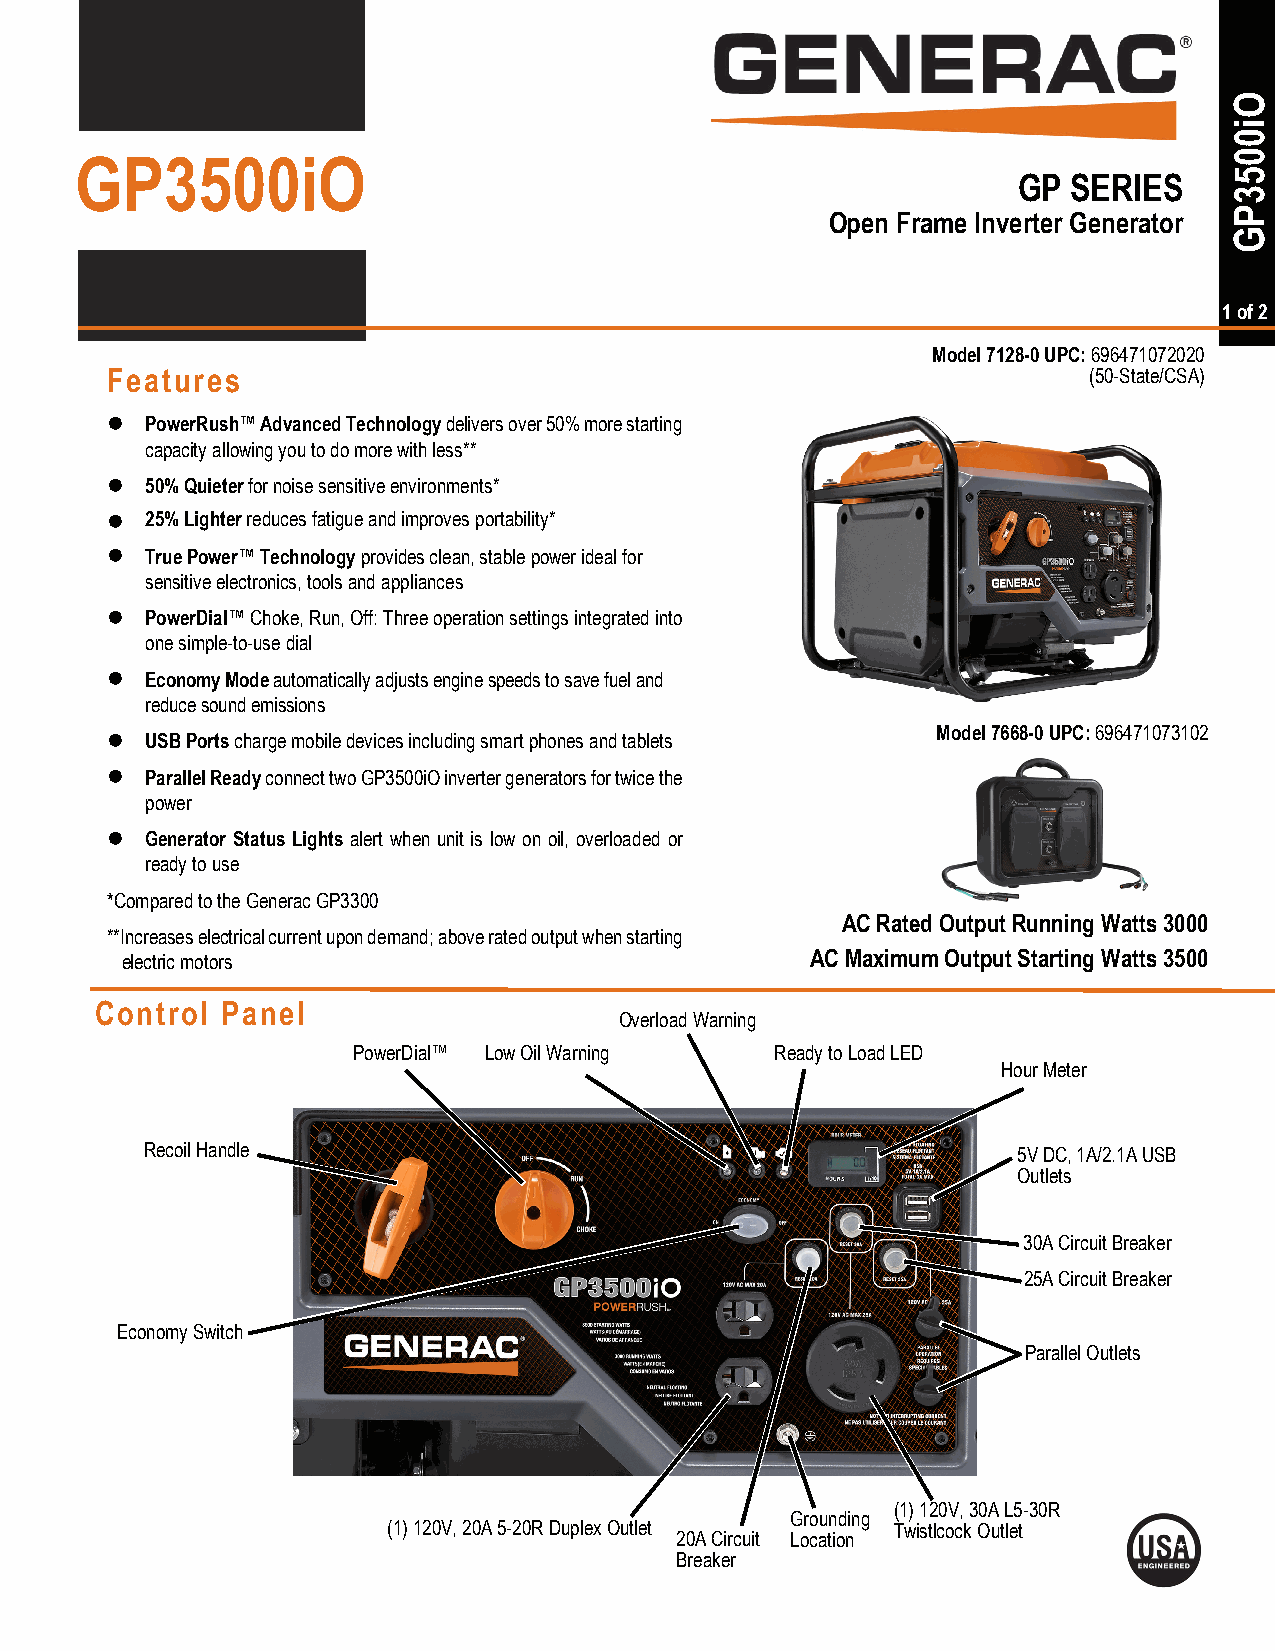
GP3500iO
 GP  SERIES
 Open Frame Inverter Generator
 1 of 2
 Model 7128-0 UPC: 696471072020
 Features                                                         (50-State/CSA)
   PowerRush™ Advanced Technology delivers over 50% more starting
 capacity allowing you to do more with less**
   50% Quieter for noise sensitive environments*
   25% Lighter reduces fatigue and improves portability*
   True Power™ Technology provides clean, stable power ideal for
 sensitive electronics, tools and appliances
   PowerDial™ Choke, Run, Off: Three operation settings integrated into
 one simple-to-use dial
   Economy Mode automatically adjusts engine speeds to save fuel and
 reduce sound emissions
 Model 7668-0 UPC: 696471073102
   USB Ports charge mobile devices including smart phones and tablets
   Parallel Ready connect two GP3500iO inverter generators for twice the
 power
   Generator Status Lights alert when unit is low on oil, overloaded or
 ready to use
 *Compared to the Generac GP3300
 AC Rated Output Running Watts 3000
 **Increases electrical current upon demand; above rated output when starting
 electric motors                               AC Maximum Output Starting Watts 3500
 Control  Panel
 Overload Warning
 PowerDial™ Low Oil Warning  Ready to Load LED
 Hour Meter
 Recoil Handle                                            5V DC, 1A/2.1A USB
 Outlets
 30A Circuit Breaker
 25A Circuit Breaker
 Economy Switch
 Parallel Outlets
 (1) 120V, 30A L5-30R
 Grounding
 (1) 120V, 20A 5-20R Duplex Outlet Twistlcock Outlet
 20A Circuit Location
 Breaker
 Operator’s Manual for Power Washer                                     1
 Oi0053PG